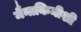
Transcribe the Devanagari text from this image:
मैनाकिनीशी